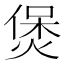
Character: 煲